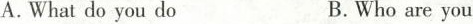
A. Whatdo you do B. Who are you